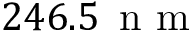
2 4 6 . 5 \ensuremath { \, \mathrm { ~ n ~ m ~ } }